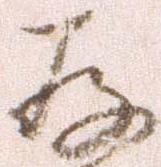
存